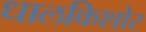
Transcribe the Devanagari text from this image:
धालकिशोर